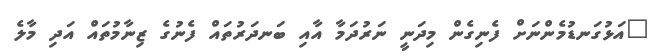
"އަޅުގަނޑުމެންނަށް ފެނިގެން މިދަނީ ނަރުދަމާ އާއި ބަނދަރުތައް ފެނުގެ ޒިނާމުތައް އަދި މާލެ